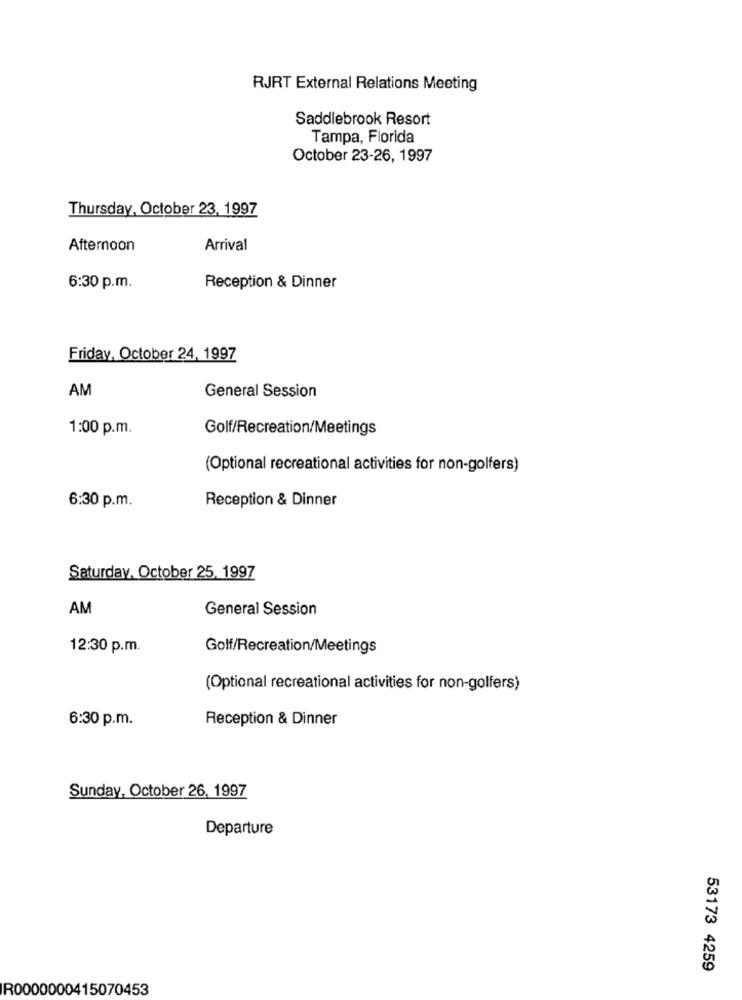
RJRT External Relations Meeting
Saddlebrook Resort
Tampa, Florida
October 23-26, 1997
Thursday, October 23, 1997
Afternoon
Arrival
6:30 p.m.
Reception & Dinner
Friday, October 24, 1997
AM
General Session
1:00 p.m.
Golf/Recreation/Meetings
(Optional recreational activities for non-golfers)
Reception & Dinner
6:30 p.m.
Saturday, October 25, 1997
AM
General Session
12:30 p.m.
Golf/Recreation/Meetings
(Optional recreational activities for non-golfers)
6:30 p.m.
Reception & Dinner
Sunday, October 26, 1997
Departure
53173 4259
R0000000415070453